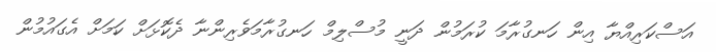
އަސްކަރިއްޔާ އިން ހަނގުރާމަ ކުރަމުން ދަނީ މުސްލިމް ހަނގުރާމަވެރިންނާ ދެކޮޅަށް ކަމަށް އެގައުމުން